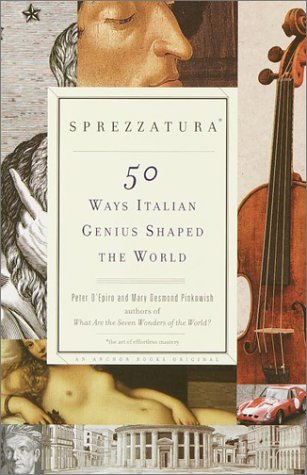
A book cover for Sprezzatura: 50 Ways Italian Genius Shaped the World; Peter D'Epiro; History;